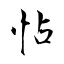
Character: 怗